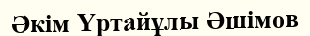
Әкім Үртайұлы Әшімов